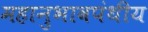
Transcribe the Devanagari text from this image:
महानुभावपंथीय